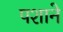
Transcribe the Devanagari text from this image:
पशाने